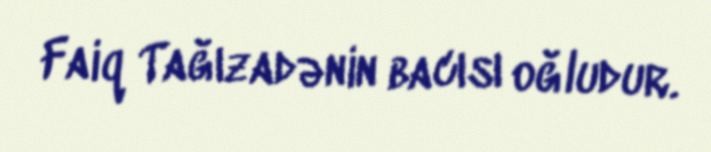
Faiq Tağızadənin bacısı oğludur.